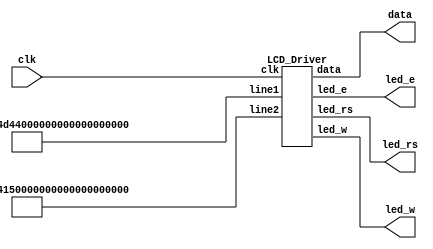
`timescale 1ns / 1ps
//////////////////////////////////////////////////////////////////////////////////
// Company: 
// Engineer: 
// 
// Design Name: 
// Module Name:    LCD_Driver 
// Project Name: 
// Target Devices: 
// Tool versions: 
// Description: 
//
// Dependencies: 
//
// Revision: 
// Revision 0.01 - File Created
// Additional Comments: 
//
//////////////////////////////////////////////////////////////////////////////////


module LCD(clk,led_e,led_rs,led_w,data);

input clk;

output wire led_e,led_rs,led_w;
output wire [3:0]data;
wire [127:0]line1,line2;


LCD_Driver L0(clk,"WELCOME TO CSE, ","IIT KANPUR      ", led_e, led_w, led_rs, data);


//assign line1=128'h57454C434F4D4520544F204353453333;
//assign line1=128'h75757057205720572057205720572057;
//assign line2=128'h20492049204920204B414E5055522020;


endmodule




module LCD_Driver( clk, line1, line2, led_e, led_w, led_rs, data);

input clk;
input [127:0]line1,line2;
output wire led_e, led_w, led_rs;
output wire [3:0] data;

reg [22:0] counter;
reg [2:0] inc;

reg led_er, led_wr, led_rsr;
reg [3:0] data_r;
reg [1:0] flag;
reg [7:0] index1,index2,index3,index4;

initial 
begin
led_er=0; led_wr=0; led_rsr =0;flag=0; index1 = 55; counter=0; inc=0;index2=127;index3=7;index4=127;
end

wire[55:0] config_data;
wire[7:0] br;
assign config_data=56'h333228060C0180;
assign br = 8'hC0;

always @(posedge clk)
begin
	counter = counter + 1;
	if(counter == 1000000 && inc==3'b000)
	begin
		if(flag==2'b00)
		begin
			led_er=0;
			flag = flag+1;
		end
		else if(flag == 2'b01)
		begin
			data_r[3] = config_data[index1];
			data_r[2] = config_data[index1-1];
			data_r[1] = config_data[index1-2];
			data_r[0] = config_data[index1-3];
			flag=flag+1;	
		end
		else if(flag == 2'b10)
		begin
			
			if (index1 == 3)
			begin
				inc = 3'b001;
				flag=0;
			end
			led_er=1;
			flag = 0;
			index1 = index1-4;
		end
		counter = 0;
	end
	else if(inc == 3'b001 && counter == 1000000)
	begin
		
		if(flag==2'b00)
		begin
			led_er=0;
			flag = flag+1;
		end
		else if(flag == 2'b01)
		begin
			led_rsr =1;
			led_wr =0;
			data_r[3] = line1[index2];
			data_r[2] = line1[index2-1];
			data_r[1] = line1[index2-2];
			data_r[0] = line1[index2-3];
			flag=flag+1;
			
		end
		else if(flag == 2'b10)
		begin
			if (index2 ==3)
			begin
				inc = 3'b010;
				flag=0;
			end
			led_er=1;
			flag = 0;
			index2 = index2-4;
		end
		counter = 0;
	end
	else if(inc == 3'b010 && counter == 1000000)
	begin
		
		if(flag == 2'b00)
		begin
			led_er=0;
			flag = flag+1;
		end
		else if(flag == 2'b01)
		begin
			led_rsr=0;
			led_wr=0;
			data_r[3] = br[index3];
			data_r[2] = br[index3-1];
			data_r[1] = br[index3-2];
			data_r[0] = br[index3-3];
			flag=flag+1;
		end
		else if(flag == 2'b10)
		begin
			if (index3 ==3)
			begin
				inc = 3'b011;
				flag=0;
			end
			led_er=1;
			flag = 0;
			index3 = index3-4;
		end
		counter = 0;
	end
	else if(inc == 3'b011 && counter == 1000000)
	begin
		if(flag==2'b00)
		begin
			led_er=0;
			flag = flag+1;
		end
		else if(flag == 2'b01)
		begin
			led_rsr=1;
			led_wr=0;
			data_r[3] = line2[index4];
			data_r[2] = line2[index4-1];
			data_r[1] = line2[index4-2];
			data_r[0] = line2[index4-3];
			flag=flag+1;	
		end
		else if(flag == 2'b10)
		begin
			if (index4 ==3)
			begin
				inc = 3'b110;
			end
			led_er=1;
			flag = 0;
			index4 = index4-4;
		end
		counter = 0;
	end	
end


assign data[3:0] = data_r[3:0];
assign led_e = led_er;
assign led_w = led_wr;
assign led_rs = led_rsr; 

endmodule